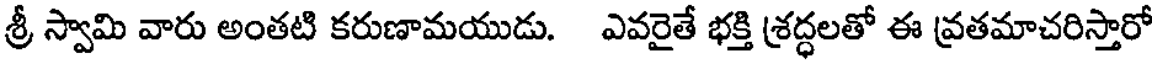
శ్రీ స్వామి వారు అంతటి కరుణామయుడు. ఎవరైతే భక్తి శ్రద్ధలతో ఈ వ్రతమాచరిస్తారో